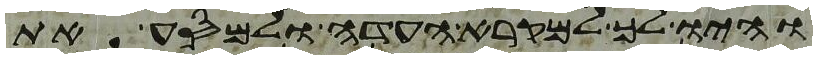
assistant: והיו לך למקרא העדה ולמסע את